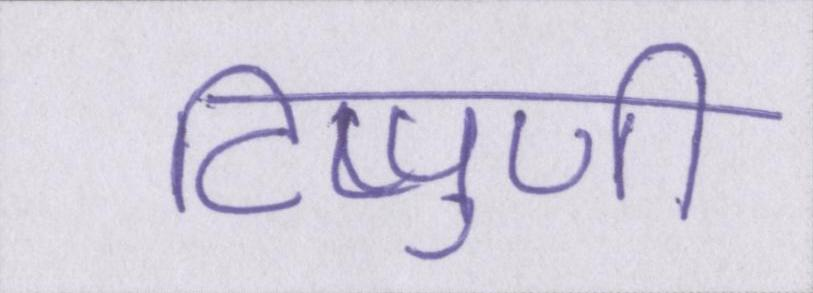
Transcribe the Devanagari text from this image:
टिप्पुणी